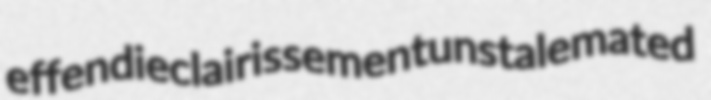
effendi eclairissement unstalemated